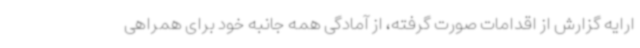
ارایه گزارش از اقدامات صورت گرفته، از آمادگی همه جانبه خود برای همراهی